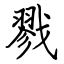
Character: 戮